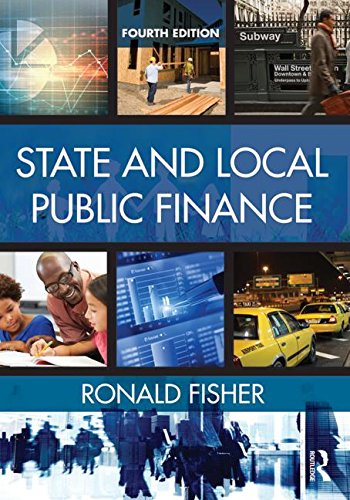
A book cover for State and Local Public Finance; Ronald C. Fisher; Business & Money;